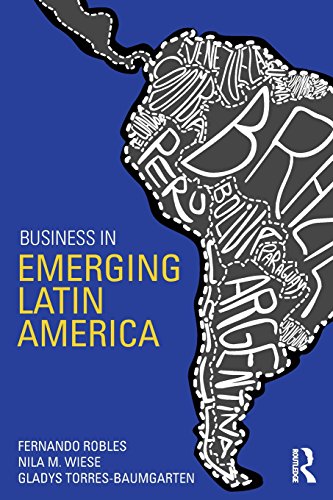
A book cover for Business in Emerging Latin America; Fernando Robles; Business & Money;